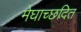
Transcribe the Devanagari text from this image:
मेघाच्छदित